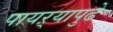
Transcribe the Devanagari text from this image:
पायऱ्यापुढे